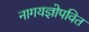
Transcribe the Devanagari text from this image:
नागयज्ञोपवित